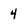
Character: 4